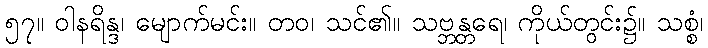
၅၇။ ဝါနရိန္ဒ၊ မျောက်မင်း။ တဝ၊ သင်၏။ သဗ္ဘန္တရေ၊ ကိုယ်တွင်း၌။ သစ္စံ၊